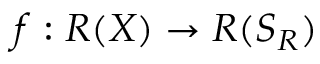
f : R ( X ) \rightarrow R ( S _ { R } )